Document type: Sale
Year: 1430
Scribe: [Unknown]
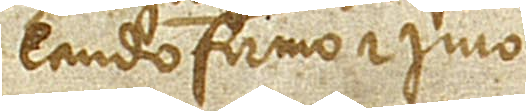
laudo, firmo et iuro.